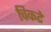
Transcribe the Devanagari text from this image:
चिकटे